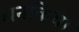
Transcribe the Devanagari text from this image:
धनकिया